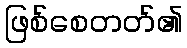
ဖြစ်စေတတ်၏